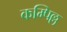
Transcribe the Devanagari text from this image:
कम्पिल्ल